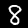
Digit: 8